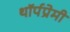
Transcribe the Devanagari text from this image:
थॉर्पप्रेमी